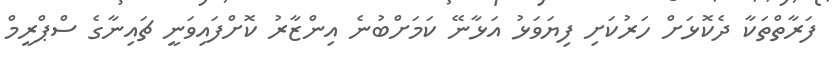
ފަރާތްތަކާ ދެކޮޅަށް ހަރުކަށި ފިޔަވަޅު އަޅާނޭ ކަމަށްބުނެ އިންޒާރު ކޮށްފައިވަނީ ޗައިނާގެ ސްޕްރީމް